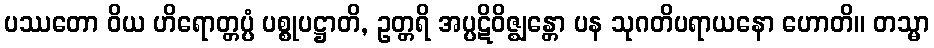
ပဿတော ဝိယ ဟိရောတ္တပ္ပံ ပစ္စုပဋ္ဌာတိ, ဥတ္တရိ အပ္ပဋိဝိဇ္ဈန္တော ပန သုဂတိပရာယနော ဟောတိ။ တသ္မာ